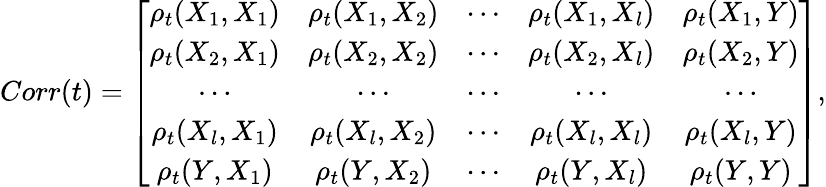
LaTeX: Corr(t)=\left[\begin{array}{ccccc}{\rho_{t}(X_{1},X_{1})}&{\rho_{t}(X_{1},X_{2})}&{\cdots}&{\rho_{t}(X_{1},X_{l})}&{\rho_{t}(X_{1},Y)}\\ {\rho_{t}(X_{2},X_{1})}&{\rho_{t}(X_{2},X_{2})}&{\cdots}&{\rho_{t}(X_{2},X_{l})}&{\rho_{t}(X_{2},Y)}\\ {\cdots}&{\cdots}&{\cdots}&{\cdots}&{\cdots}\\ {\rho_{t}(X_{l},X_{1})}&{\rho_{t}(X_{l},X_{2})}&{\cdots}&{\rho_{t}(X_{l},X_{l})}&{\rho_{t}(X_{l},Y)}\\ {\rho_{t}(Y,X_{1})}&{\rho_{t}(Y,X_{2})}&{\cdots}&{\rho_{t}(Y,X_{l})}&{\rho_{t}(Y,Y)}\end{array}\right],